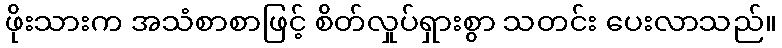
ဖိုးသားက အသံစာစာဖြင့် စိတ်လှုပ်ရှားစွာ သတင်း ပေးလာသည်။